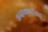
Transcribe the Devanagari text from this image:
अदाकारीसह